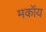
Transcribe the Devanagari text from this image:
मकॉय